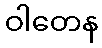
ဝါတေန